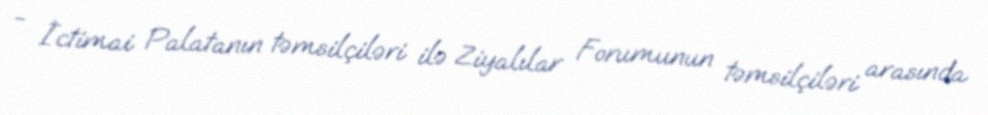
- İctimai Palatanın təmsilçiləri ilə Ziyalılar Forumunun təmsilçiləri arasında